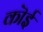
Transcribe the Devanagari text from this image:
कॊई